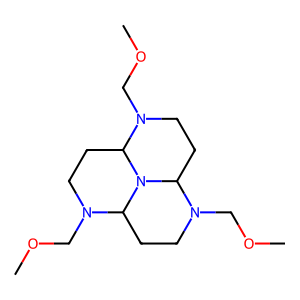
SMILES: COCN1CCC2N(COC)CCC3N(COC)CCC1N23
Inhibits HIV replication: No